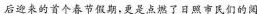
后迎来的首个春节假期，更是点燃了日照市民们的阅